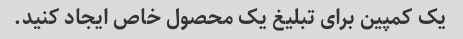
یک کمپین برای تبلیغ یک محصول خاص ایجاد کنید.